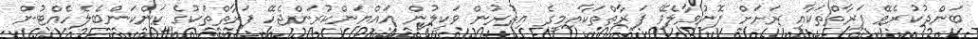
ބަންދުކުރެވޭ ފަރާތްތަކާއި ރަށަށް ފޮނުވާލެވޭ ފަރާތްތަކާއިމީގެ އިތުރުން ވަކީލުން އައްޔަންކުރަންޖެހޭ ފަރާތްތަކުގެ ކަންކަންބެލެހެއްޓުން